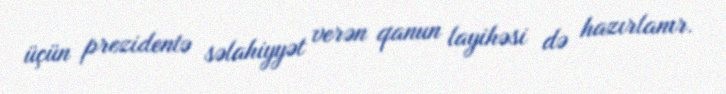
üçün prezidentə səlahiyyət verən qanun layihəsi də hazırlanır.